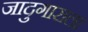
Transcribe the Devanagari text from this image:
जादुगाराला